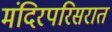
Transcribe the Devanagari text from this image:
मंदिरपरिसरात